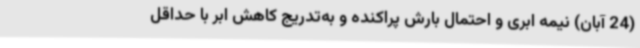
(24 آبان) نیمه ابری و احتمال بارش پراکنده و به‌تدریج کاهش ابر با حداقل